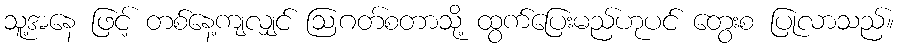
သူ့အနေ ဖြင့် တစ်နေ့ကျလျှင် ဩဂတ်စတာသို့ ထွက်ပြေးမည်ဟုပင် တွေးစ ပြုလာသည်။